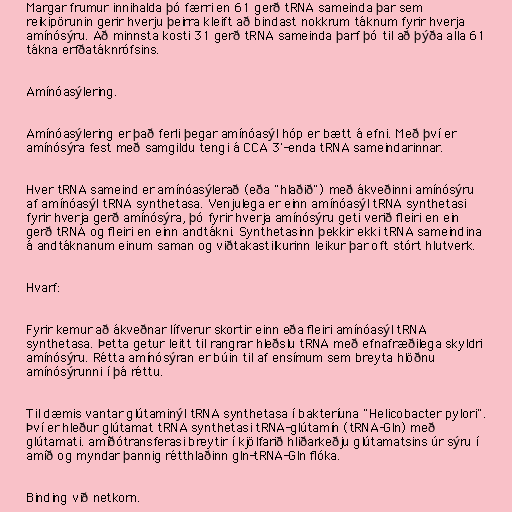
Margar frumur innihalda þó færri en 61 gerð tRNA sameinda þar sem
reikipörunin gerir hverju þeirra kleift að bindast nokkrum táknum fyrir hverja
amínósýru. Að minnsta kosti 31 gerð tRNA sameinda þarf þó til að þýða alla 61
tákna erfðatáknrófsins.

Amínóasýlering.

Amínóasýlering er það ferli þegar amínóasýl hóp er bætt á efni. Með því er
amínósýra fest með samgildu tengi á CCA 3'-enda tRNA sameindarinnar.

Hver tRNA sameind er amínóasýlerað (eða "hlaðið") með ákveðinni amínósýru
af amínóasýl tRNA synthetasa. Venjulega er einn amínóasýl tRNA synthetasi
fyrir hverja gerð amínósýra, þó fyrir hverja amínósýru geti verið fleiri en ein
gerð tRNA og fleiri en einn andtákni. Synthetasinn þekkir ekki tRNA sameindina
á andtáknanum einum saman og viðtakastilkurinn leikur þar oft stórt hlutverk.

Hvarf:

Fyrir kemur að ákveðnar lífverur skortir einn eða fleiri amínóasýl tRNA
synthetasa. Þetta getur leitt til rangrar hleðslu tRNA með efnafræðilega skyldri
amínósýru. Rétta amínósýran er búin til af ensímum sem breyta hlöðnu
amínósýrunni í þá réttu.

Til dæmis vantar glútaminýl tRNA synthetasa í bakteríuna "Helicobacter pylori".
Því er hleður glútamat tRNA synthetasi tRNA-glútamín (tRNA-Gln) með
glútamati. amíðótransferasi breytir í kjölfarið hliðarkeðju glútamatsins úr sýru í
amíð og myndar þannig rétthlaðinn gln-tRNA-Gln flóka.

Binding við netkorn.